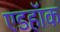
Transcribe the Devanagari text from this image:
एडहॉक